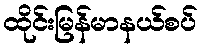
ထိုင်းမြန်မာနယ်စပ်